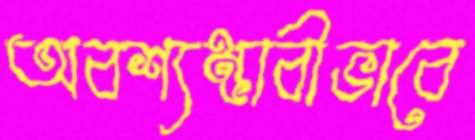
অবশ্যম্ভাবীভাবে